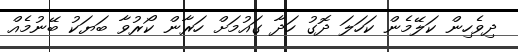
ދިވެހިން ކަލޭމެން ކަހަލަ ދޮގު ހަދާ ގައުމަށް ހަރާން ކޯރުވާ ބަޔަކު ބޭނުމެއް